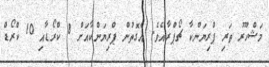
މަޝްހޫރު ތަރި ޕްރިޔަންކާ ޗޯޕްރާއެވެ. އެގޮތުން ޕްރިޔަންކާއަށް 8 ކްރޯޑާއި 10 ކްރޯޑް